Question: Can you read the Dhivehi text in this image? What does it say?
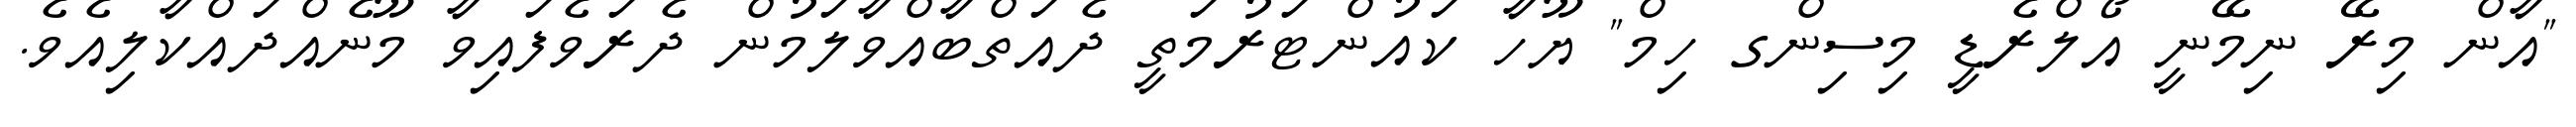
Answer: "އާން މިރޭ ނިމޭނީ އޯލްރެޑީ މިސިންގ ހިމް" ޔޫހާ ކައުންޓަރުމަތީ ދެއަތްބާއްވާލަމުން ދެރަވެފައިވާ މޫނެއްދައްކާލިއެވެ.